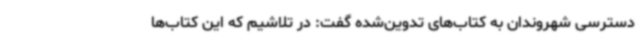
دسترسی شهروندان به کتاب‌های تدوین‌شده گفت: در تلاشیم که این کتاب‌ها